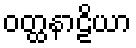
ဝတ္ထနာဠိယာ